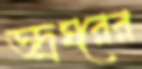
ভদ্রঘরের